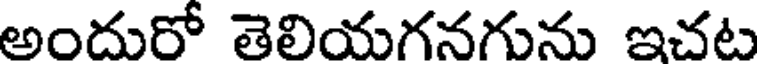
అందురో తెలియగనగును ఇచట